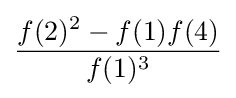
{\frac {f(2)^{2}-f(1)f(4)}{f(1)^{3}}}